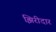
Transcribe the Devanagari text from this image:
झिरीदार